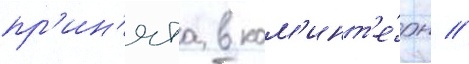
пр'ин'ята в ком'инт'е́рн //